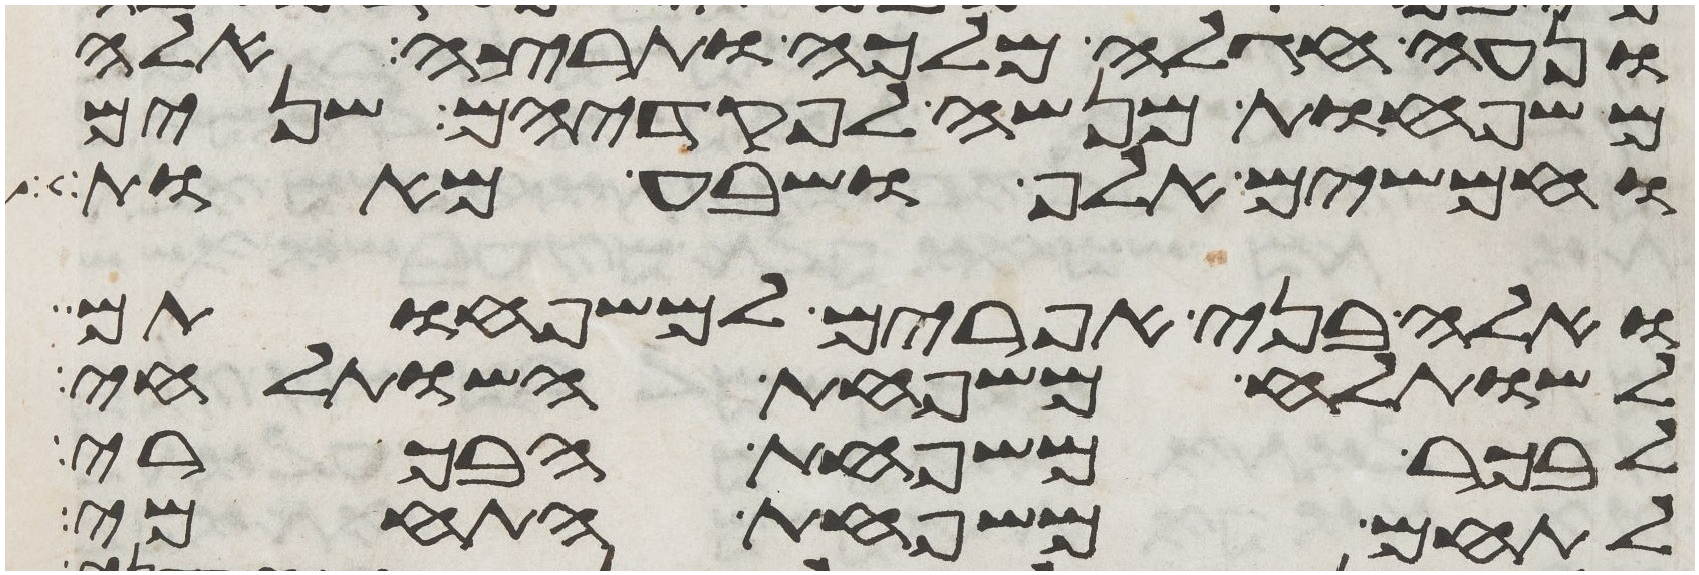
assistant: ונעה חגלה מלכה ותרצה אלה
משפחות מנשה לפקדיהם שנים
וחמשים אלף ושבע מאות
ואלה בני אפרים למשפחותם
לשותלח משפחת השותלחי
לבכר משפחת הבכרי
לתחם משפחת התחמי